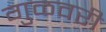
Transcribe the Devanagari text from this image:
गुळवरी